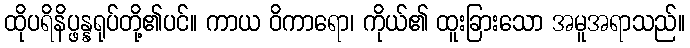
ထိုပရိနိပ္ဖန္နရုပ်တို့၏ပင်။ ကာယ ဝိကာရော၊ ကိုယ်၏ ထူးခြားသော အမူအရာသည်။